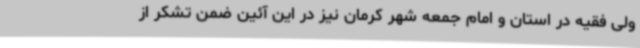
ولی فقیه در استان و امام جمعه شهر کرمان نیز در این آئین ضمن تشکر از